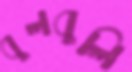
বুলবুলি